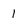
Character: I